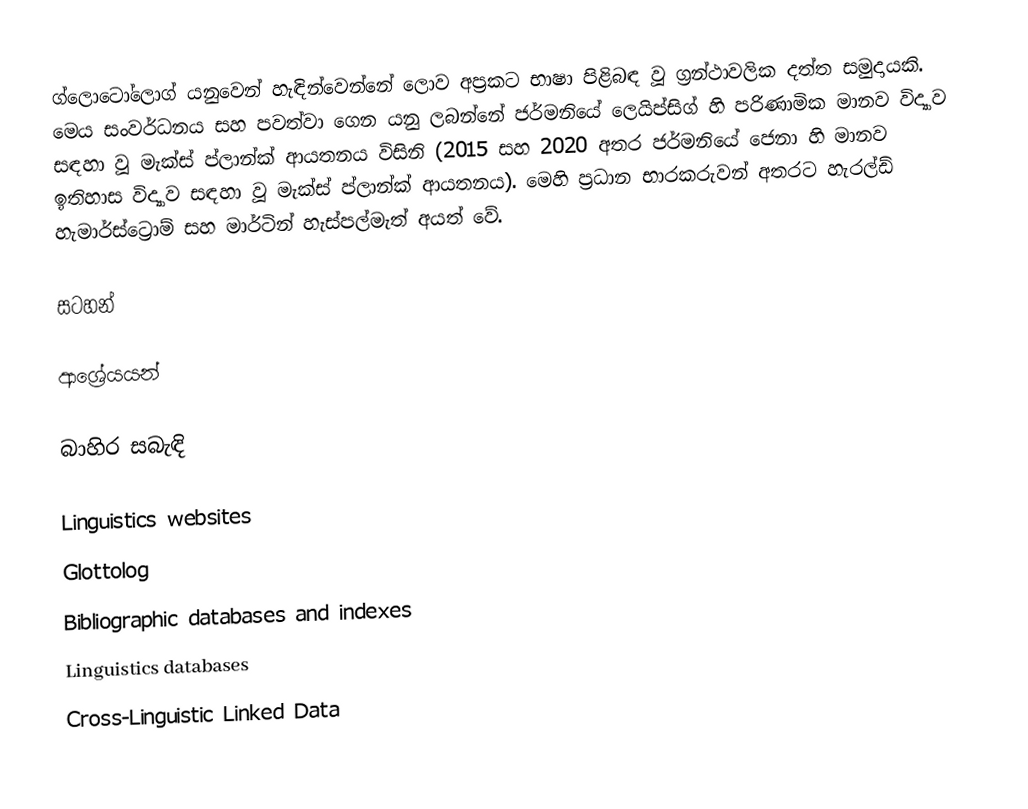
ග්ලොටෝලොග් ‍යනුවෙන් හැඳින්වෙන්නේ ලොව අප්‍රකට භාෂා පිළිබඳ වූ ග්‍රන්ථාවලික දත්ත සමුදායකි. මෙය සංවර්ධනය සහ පවත්වා ගෙන යනු ලබන්නේ ජර්මනියේ ලෙයිප්සිග් හි පරිණාමික මානව විද්‍යාව සඳහා වූ මැක්ස් ප්ලාන්ක් ආයතනය විසිනි (2015 සහ 2020 අතර ජර්මනියේ ජෙනා හි මානව ඉතිහාස විද්‍යාව සඳහා වූ මැක්ස් ප්ලාන්ක් ආයතනය). මෙහි ප්‍රධාන භාරකරුවන් අතරට හැරල්ඩ් හැමාර්ස්ට්‍රොම් සහ මාර්ටින් හැස්පල්මැත් අයත් වේ.

සටහන්

ආශ්‍රේයයන්

බාහිර සබැඳි

Linguistics websites
 Glottolog
Bibliographic databases and indexes
Linguistics databases
Cross-Linguistic Linked Data